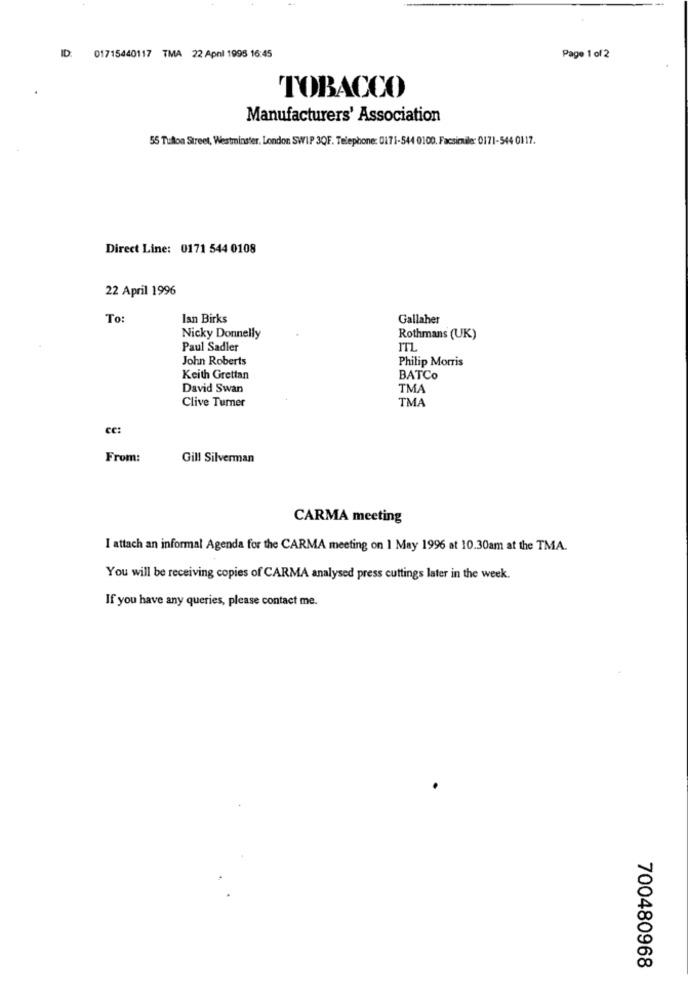
ID.
01715440117 TMA 22 Apni 1998 16:45
Page 1 of 2
TOBACCO
Manufacturers' Association
55 Tullon Street, Westminster, London SWIP 3QF. Telephone: 0171-544 0100. Facsimile: 0171-544 0117.
Direct Line: 0171 544 0108
22 April 1996
To:
lan Birks
Gallaher
Nicky Donnelly
Rothmans (UK)
Paul Sadler
ITL
John Roberts
Philip Morris
Keith Grettan
BATCo
David Swan
TMA
Clive Turner
TMA
CC:
From:
Gill Silverman
CARMA meeting
I attach an informal Agenda for the CARMA meeting on 1 May 1996 at 10.30am at the TMA.
You will be receiving copies of CARMA analysed press cuttings later in the week.
If you have any queries, please contact me.
700480968